Black-water fever - Number 35
Disease focus: Fever
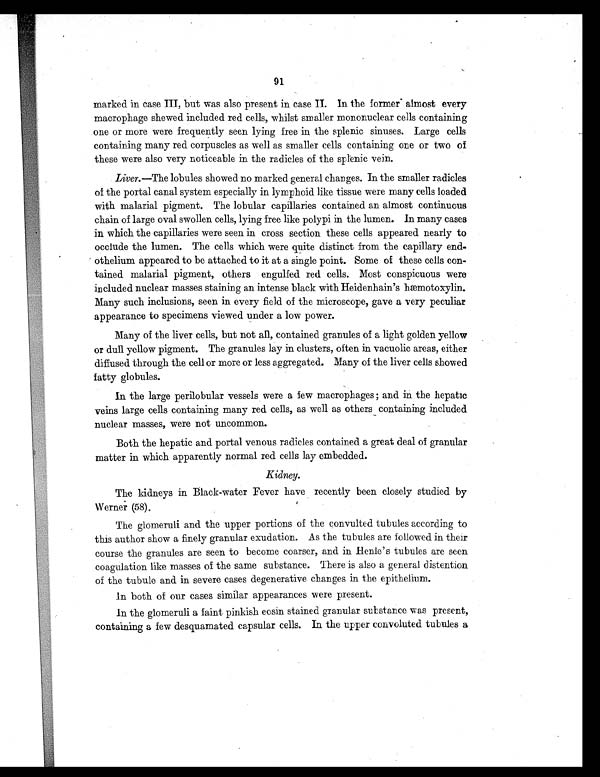
91
marked in case III, but was also present in case II. In the former almost every
macrophage shewed included red cells, whilst smaller mononuclear cells containing
one or more were frequently seen lying free in the splenic sinuses. Large cells
containing many red corpuscles as well as smaller cells containing one or two of
these were also very noticeable in the radicles of the splenic vein.
Liver. —The lobules showed no marked general changes. In the smaller radicles
of the portal canal system especially in lymphoid like tissue were many cells loaded
with malarial pigment. The lobular capillaries contained an almost continuous
chain of large oval swollen cells, lying free like polypi in the lumen. In many cases
in which the capillaries were seen in cross section these cells appeared nearly to
occlude the lumen. The cells which were quite distinct from the capillary end
-othelium appeared to be attached to it at a single point. Some of these cells con-
tained malarial pigment, others engulfed red cells. Most conspicuous were
included nuclear masses staining an intense black with Heidenhain's hæmotoxylin.
Many such inclusions, seen in every field of the microscope, gave a very peculiar
appearance to specimens viewed under a low power.
Many of the liver cells, but not all, contained granules of a light golden yellow
or dull yellow pigment. The granules lay in clusters, often in vacuolic areas, either
diffused through the cell or more or less aggregated. Many of the liver cells showed
fatty globules.
In the large perilobular vessels were a few macrophages ; and in the hepatic
veins large cells containing many red cells, as well as others containing included
nuclear masses, were not uncommon.
Both the hepatic and portal venous radicles contained a great deal of granular
matter in which apparently normal red cells lay embedded.
Kidney.
The kidneys in Black-water Fever have recently been closely studied by
Werner (58).
The glomeruli and the upper portions of the convulted tubules according to
this author show a finely granular exudation. As the tubules are followed in their
course the granules are seen to become coarser, and in Henle's tubules are seen
coagulation like masses of the same substance. There is also a general distention
of the tubule and in severe cases degenerative changes in the epithelium.
In both of our cases similar appearances were present.
In the glomeruli a faint pinkish eosin stained granular substance was present,
containing a few desquamated capsular cells. In the upper convoluted tubules a